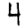
Digit: 4